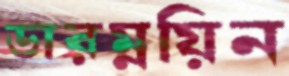
ডারম্নয়িন